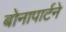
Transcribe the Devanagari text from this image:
बोनापार्टने